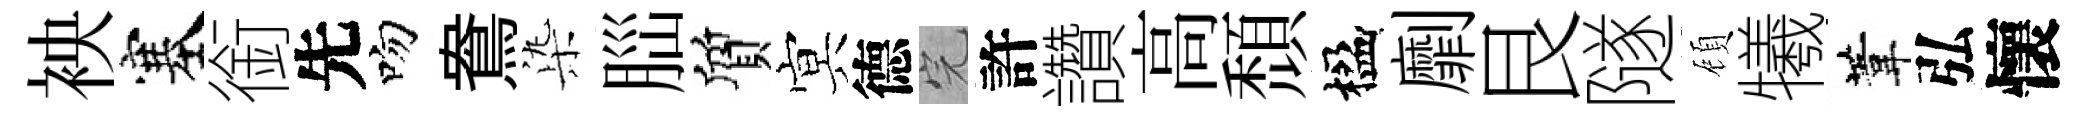
䘧塞銜先吻鴦𣑱𦛁質㝠德完許讚高頹楹劘艮隧頋犧葦弘懷